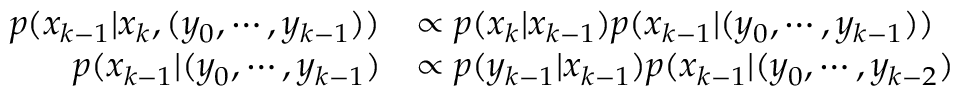
{ \begin{array} { r l } { p ( x _ { k - 1 } | x _ { k } , ( y _ { 0 } , \cdots , y _ { k - 1 } ) ) } & { \propto p ( x _ { k } | x _ { k - 1 } ) p ( x _ { k - 1 } | ( y _ { 0 } , \cdots , y _ { k - 1 } ) ) } \\ { p ( x _ { k - 1 } | ( y _ { 0 } , \cdots , y _ { k - 1 } ) } & { \propto p ( y _ { k - 1 } | x _ { k - 1 } ) p ( x _ { k - 1 } | ( y _ { 0 } , \cdots , y _ { k - 2 } ) } \end{array} }